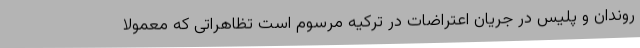
روندان و پلیس در جریان اعتراضات در ترکیه مرسوم است تظاهراتی که معمولا